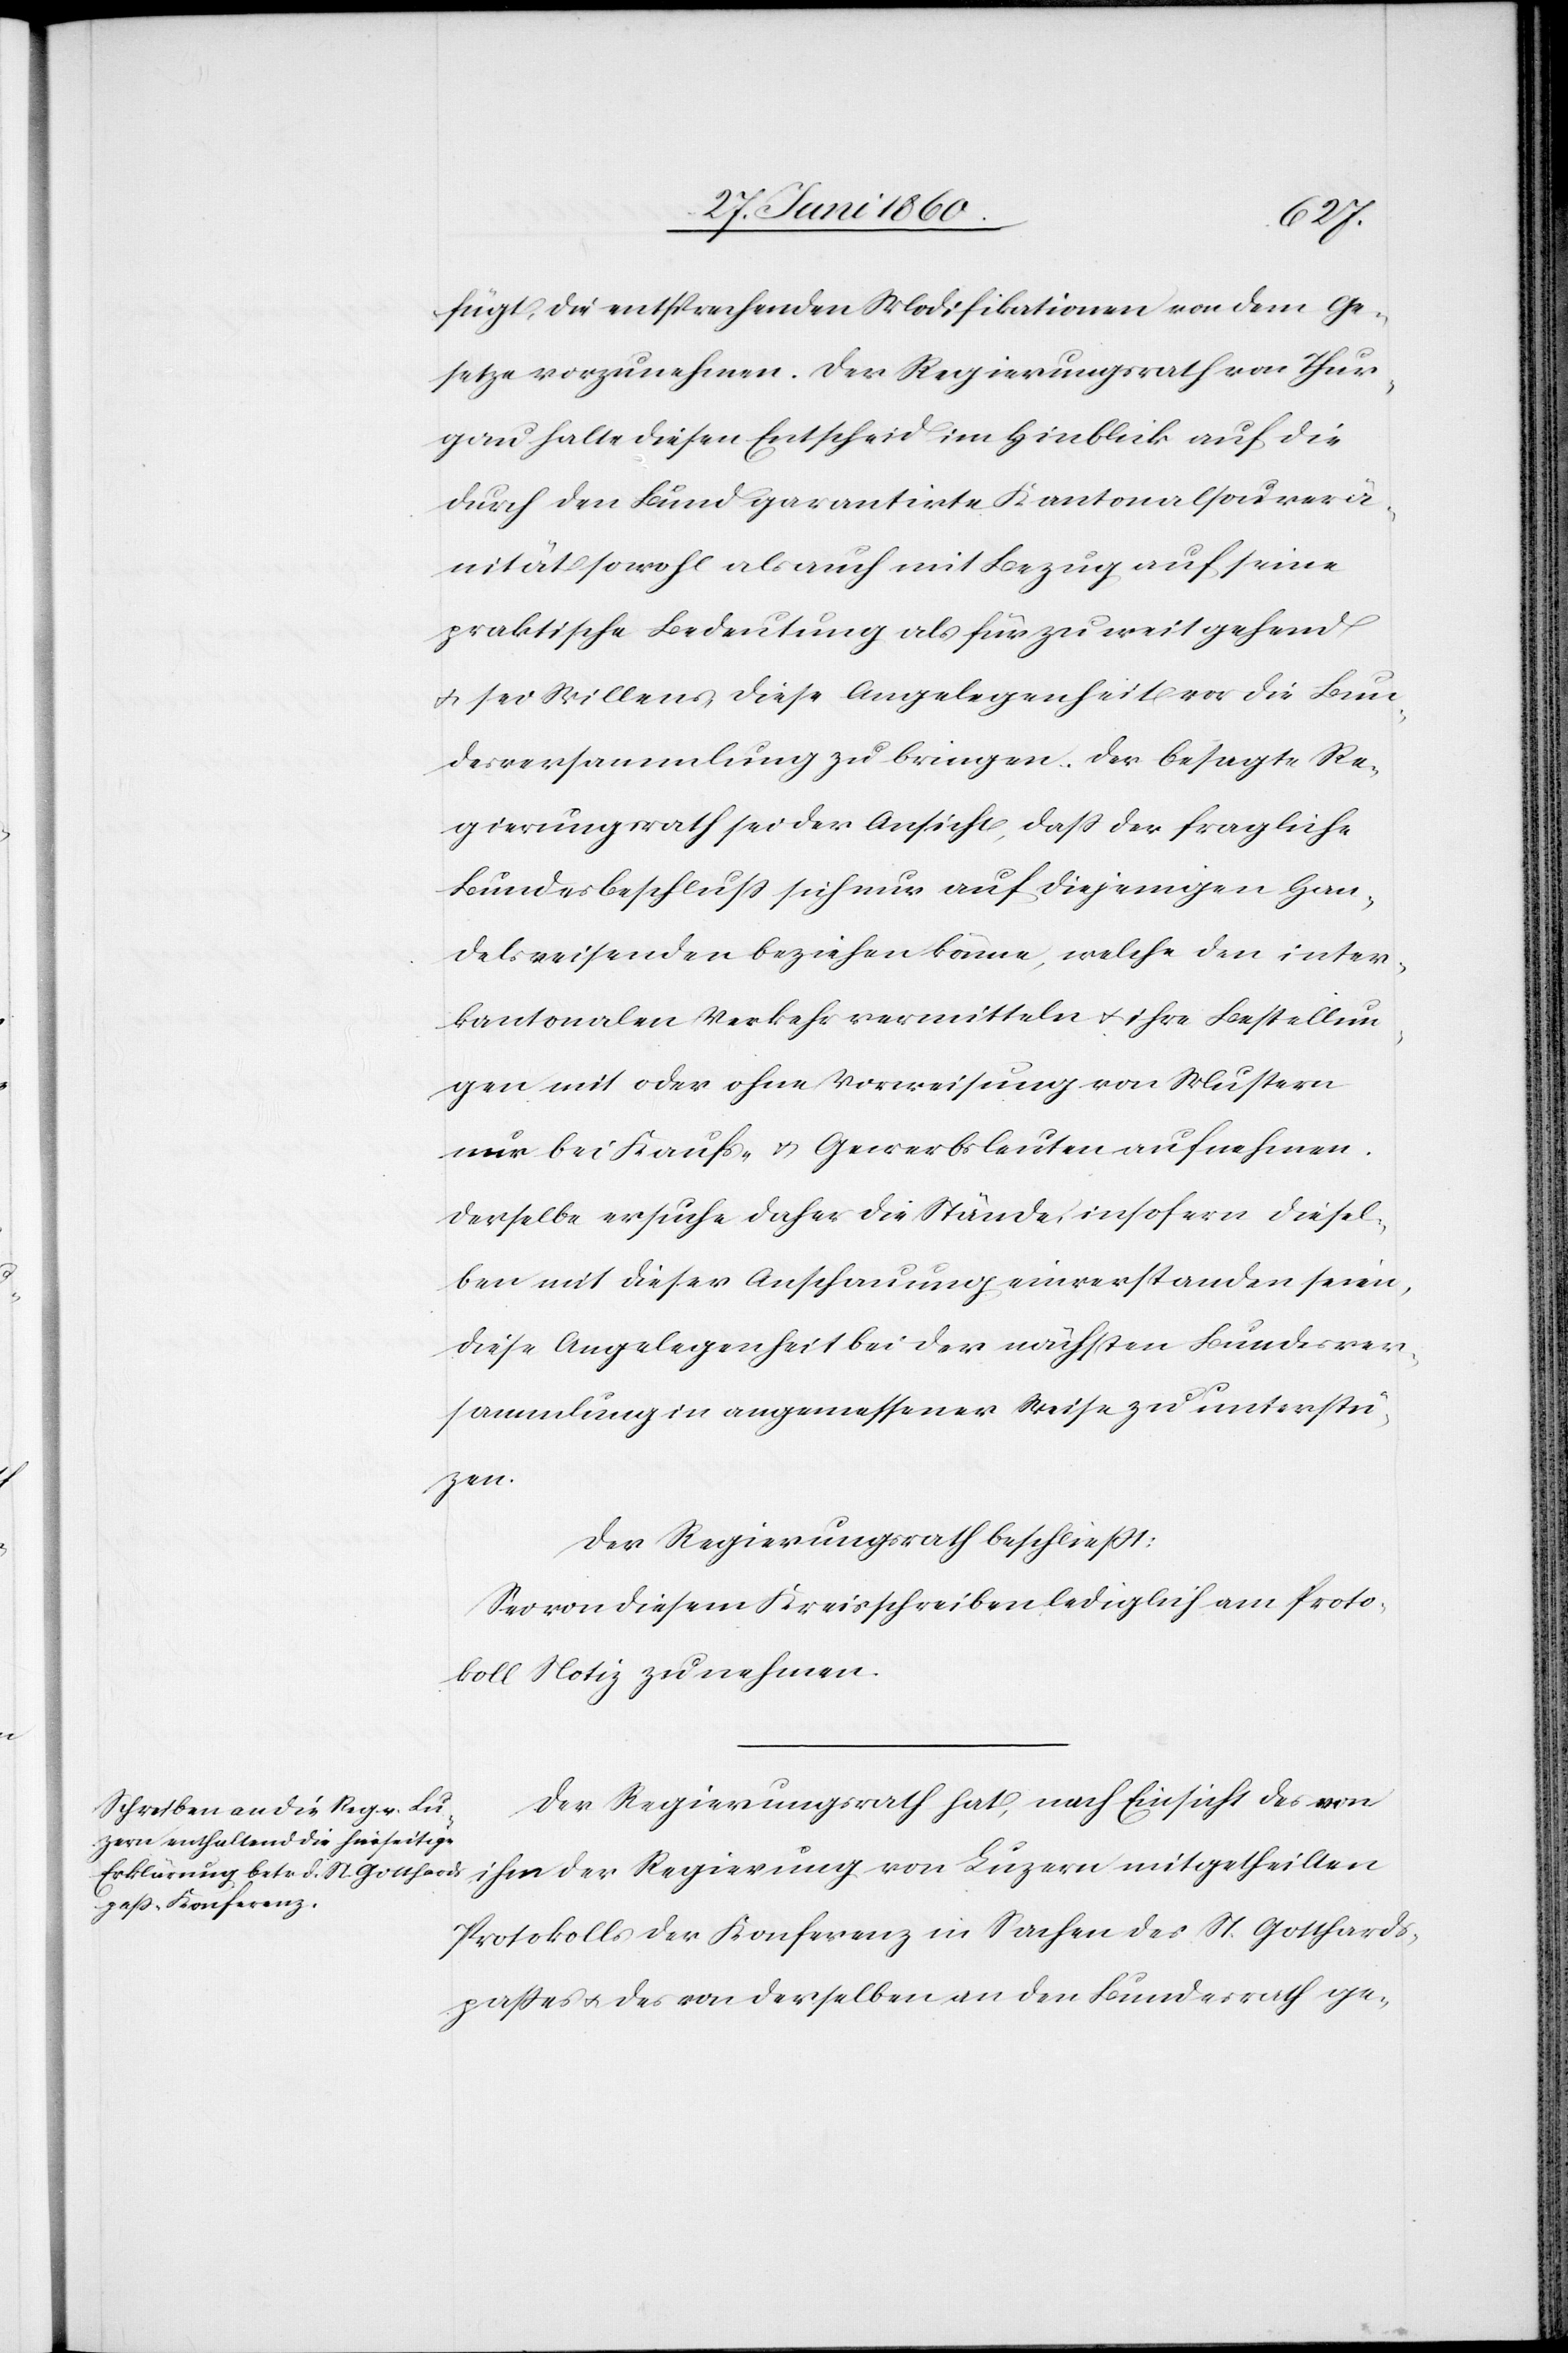
fügt, die entsprechenden Modifikationen von dem Ge¬
setze vorzunehmen. Der Regierungsrath von Thur¬
gau halte diesen Entscheid im Hinblick auf die
durch den Bund garantirte Kantonalsouverä¬
nität sowohl als auch mit Bezug auf seine
praktische Bedeutung als für zu weit gehend
u. sei Willens diese Angelegenheit vor die Bun¬
desversammlung zu bringen. Der besagte Re¬
gierungsrath sei der Ansicht, dass der fragliche
Bundesbeschluss sich nur auf diejenigen Han¬
delsreisenden beziehen könne, welche den inter¬
kantonalen Verkehr vermitteln u. ihre Bestellun¬
gen mit oder ohne Vorweisung von Mustern
nur bei Kaufs- u. Gewerbsleuten aufnehmen.
Derselbe ersuche daher die Stände, insofern diesel¬
ben mit dieser Anschauung einverstanden seien,
diese Angelegenheit bei der nächsten Bundsver¬
sammlung in angemessener Weise zu unterstüt¬
zen.
Der Regierungsrath beschliesst.
Sei von diesem Kreisschreiben lediglich am Proto¬
koll Notiz zu nehmen.
Der Regierungsrath hat, nach Einsicht des von
ihm der Regierung von Luzern mitgetheilten
Protokolls der Konferenz in Sachen des St. Gotthards¬
passes u. des von derselben an den Bundesrath ge-